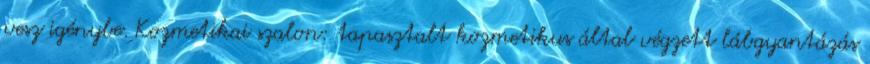
vesz igénybe. Kozmetikai szalon: tapasztalt kozmetikus által végzett lábgyantázás